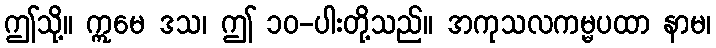
ဤသို့။ ဣမေ ဒသ၊ ဤ ၁၀-ပါးတို့သည်။ အကုသလကမ္မပထာ နာမ၊